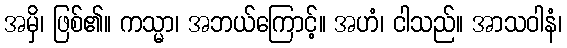
အမှိ၊ ဖြစ်၏။ ကသ္မာ၊ အဘယ်ကြောင့်။ အဟံ၊ ငါသည်။ အာသဝါနံ၊